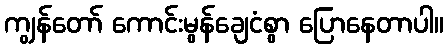
ကျွန်တော် ကောင်းမွန်ချေငံစွာ ပြောနေတာပါ။